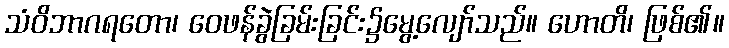
သံဝိဘာဂရတော၊ ဝေဖန်ခွဲခြမ်းခြင်း၌မွေ့လျော်သည်။ ဟောတိ၊ ဖြစ်၏။